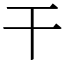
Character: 干